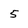
Character: 5